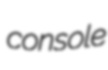
console